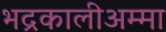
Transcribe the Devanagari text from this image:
भद्रकालीअम्मा